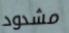
مشدود